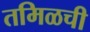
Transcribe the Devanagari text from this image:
तमिळची